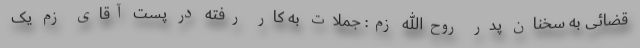
قضائی به سخنان پدر روح‌الله زم: جملات به کار رفته در پست آقای زم یک